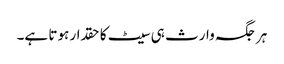
ہر جگہ وارث ہی سیٹ کا حقدار ہوتا ہے۔